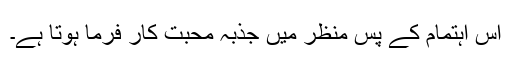
اس اہتمام کے پس منظر میں جذبہ محبت کار فرما ہوتا ہے۔